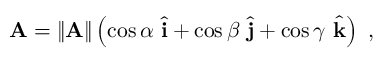
\mathbf { A } = \| \mathbf { A } \| \left( \cos \alpha \ { \hat { \mathbf { i } } } + \cos \beta \ { \hat { \mathbf { j } } } + \cos \gamma \ { \hat { \mathbf { k } } } \right) \ ,